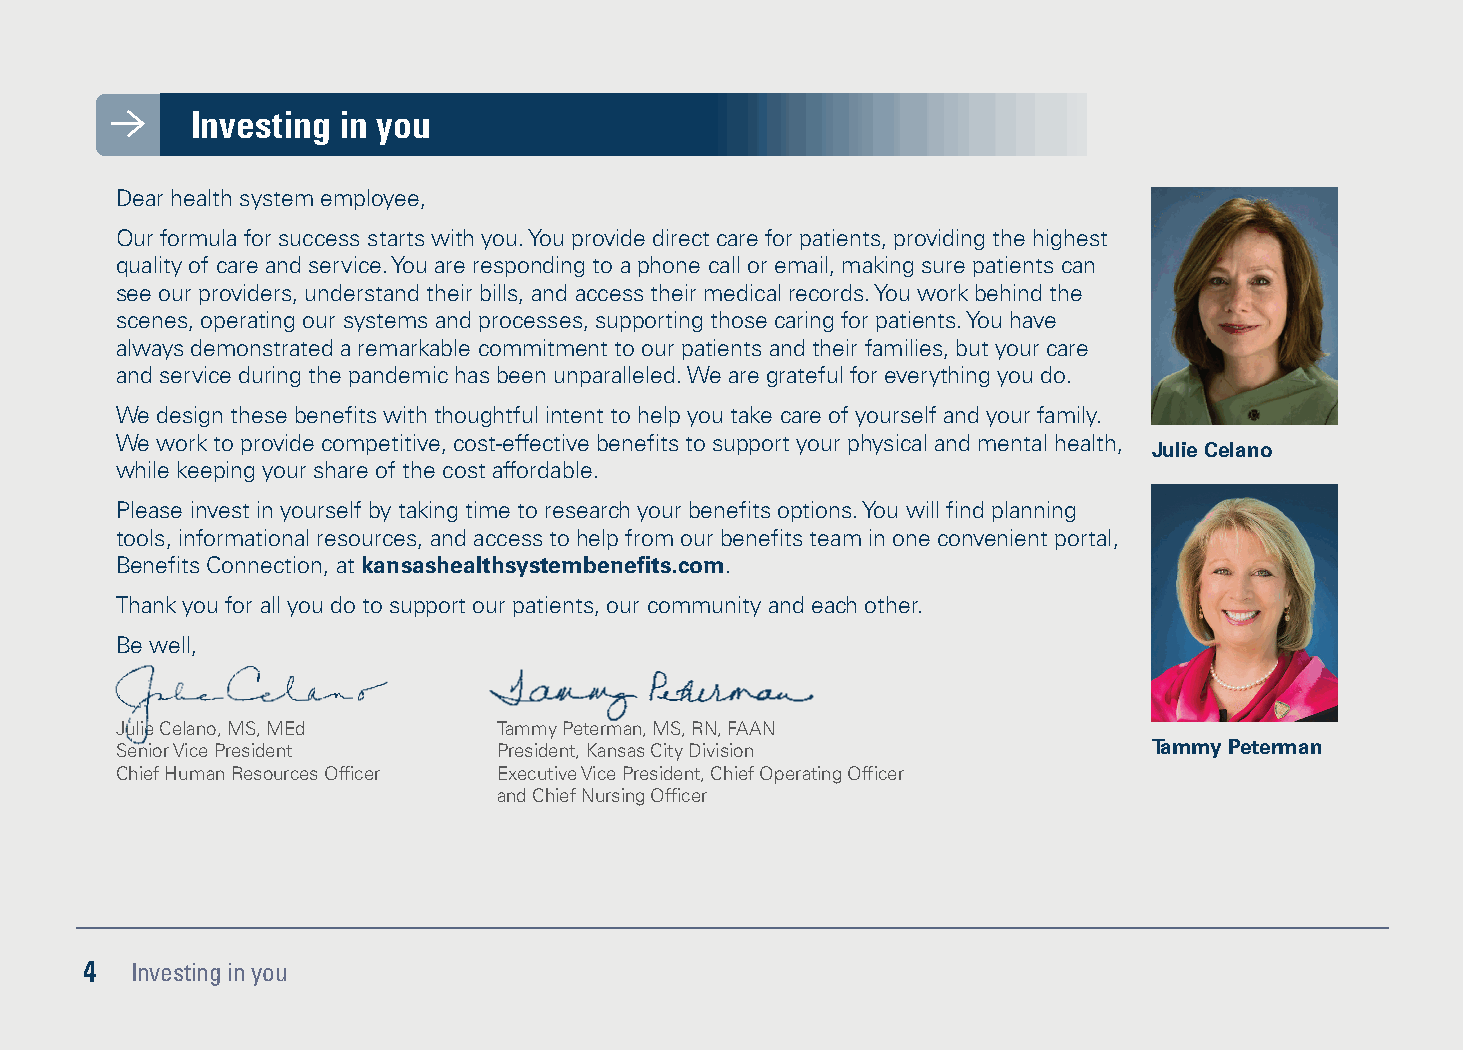
Investing in you
 Dear health system employee,
 Our formula for success starts with you. You provide direct care for patients, providing the highest
 quality of care and service. You are responding to a phone call or email, making sure patients can
 see our providers, understand their bills, and access their medical records. You work behind the
 scenes, operating our systems and processes, supporting those caring for patients. You have
 always demonstrated a remarkable commitment to our patients and their families, but your care
 and service during the pandemic has been unparalleled. We are grateful for everything you do.
 We design these benefits with thoughtful intent to help you take care of yourself and your family.
 We work to provide competitive, cost-effective benefits to support your physical and mental health,
 Julie Celano
 while keeping your share of the cost affordable.
 Please invest in yourself by taking time to research your benefits options. You will find planning
 tools, informational resources, and access to help from our benefits team in one convenient portal,
 Benefits Connection, at kansashealthsystembenefits.com.
 Thank you for all you do to support our patients, our community and each other.
 Be well,
 Julie Celano, MS, MEd    Tammy Peterman, MS, RN, FAAN
 Senior Vice President    President, Kansas City Division            Tammy Peterman
 Chief Human Resources Officer Executive Vice President, Chief Operating Officer
 and Chief Nursing Officer
 4  Investing in you